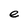
Character: e